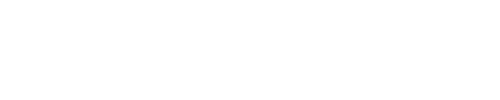
\qquad \qquad \qquad \qquad \qquad \qquad